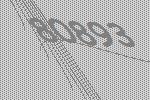
80893